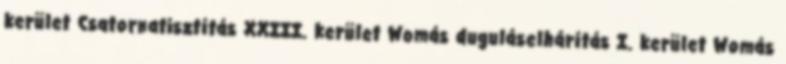
kerület Csatornatisztítás XXIII. kerület Womás duguláselhárítás I. kerület Womás